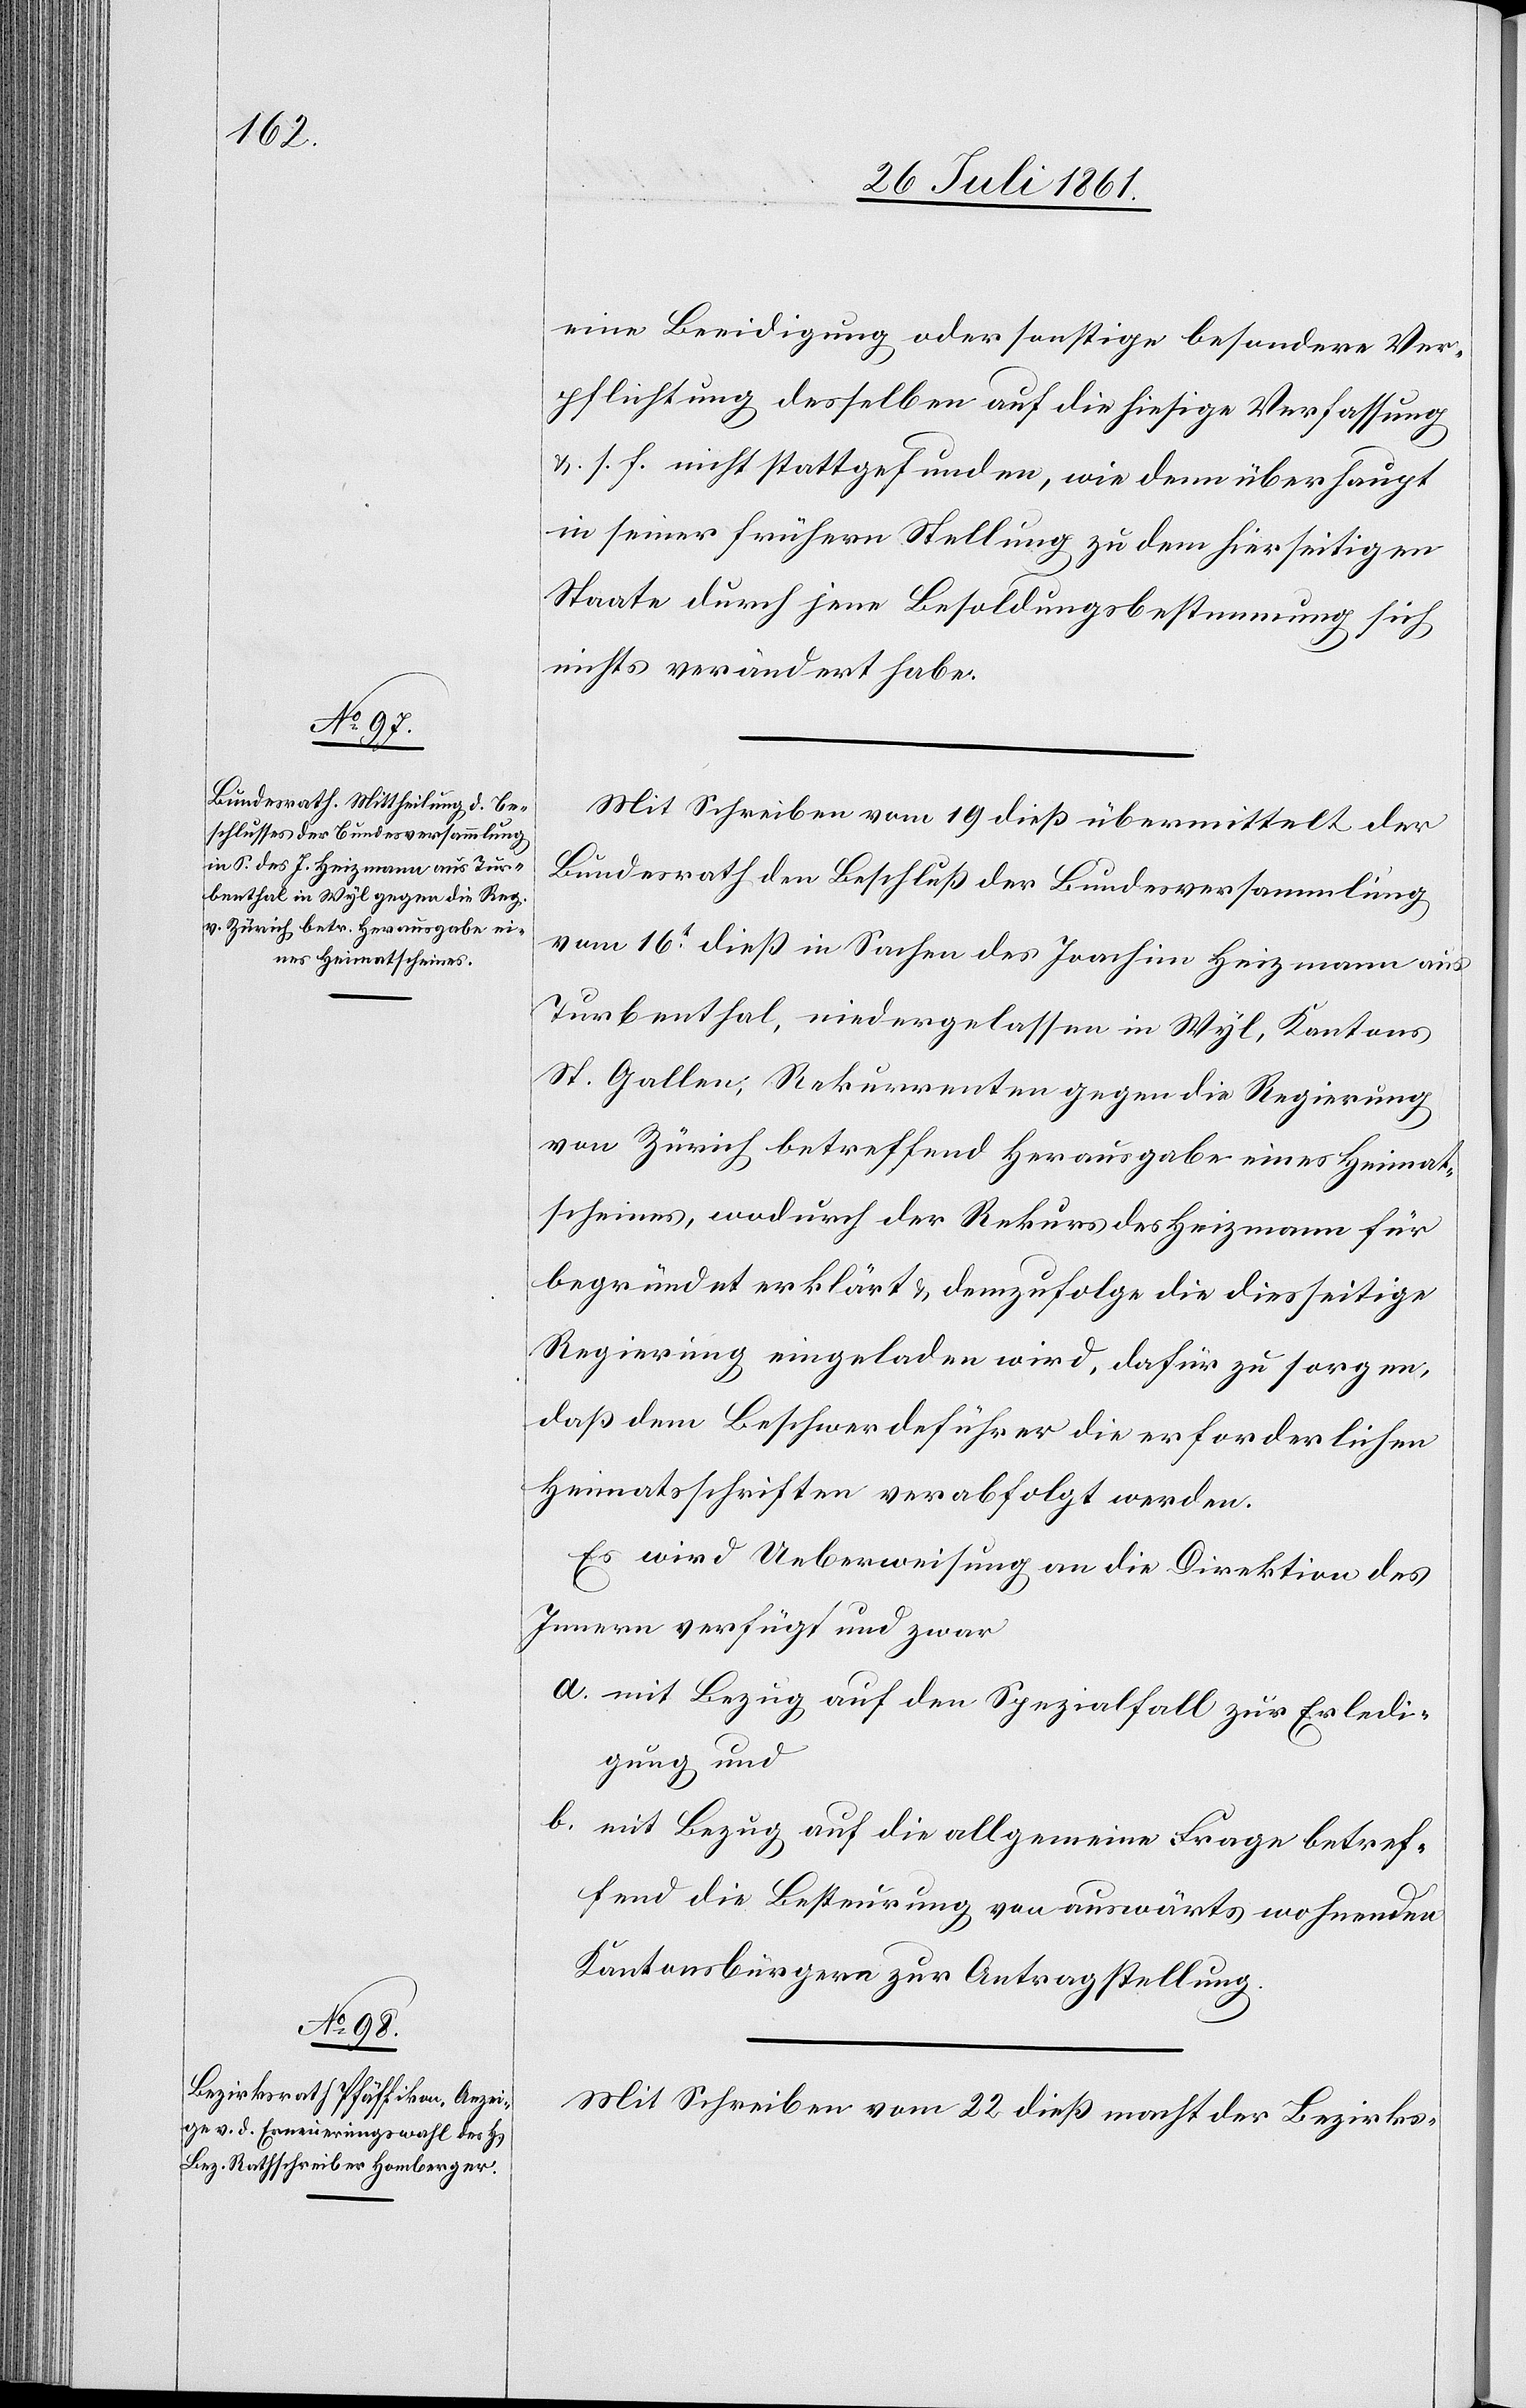
eine Beeidigung oder sonstige besondere Ver¬
pflichtung desselben auf die hiesige Verfassung
u. s. f. nicht stattgefunden, wie denn überhaupt
in seiner frühern Stellung zu dem hierseitigen
Staate durch jene Besoldungsbestimmung sich
nichts verändert habe.
Mit Schreiben vom 19 dieß übermittelt der
Bundesrath den Beschluß der Bundesversammlung
vom 16t dieß in Sachen des Joachim Heizmann aus
Turbenthal, niedergelassen in Wyl, Kantons
St. Gallen, Rekurrenten gegen die Regierung
von Zürich betreffend Herausgabe eines Heimat¬
scheines, wodurch der Rekurs des Heizmann für
begründet erklärt u. demzufolge die diesseitige
Regierung eingeladen wird, dafür zu sorgen,
daß dem Beschwerdeführer die erforderlichen
Heimatsschriften verabfolgt werden.
Es wird Ueberweisung an die Direktion des
Innern verfügt und zwar
a. mit Bezug auf den Spezialfall zur Erledi¬
gung und
b. mit Bezug auf die allgemeine Frage betref¬
fend die Besteuerung von auswärts wohnenden
Kantonsbürgern zur Antragstellung.
Mit Schreiben vom 22 dieß macht der Bezirks-